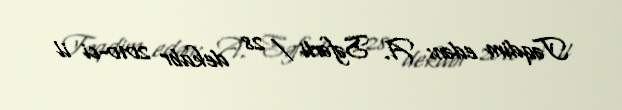
Təqdim edən: A. Səfərli / 28 dekabr 2010-ci il